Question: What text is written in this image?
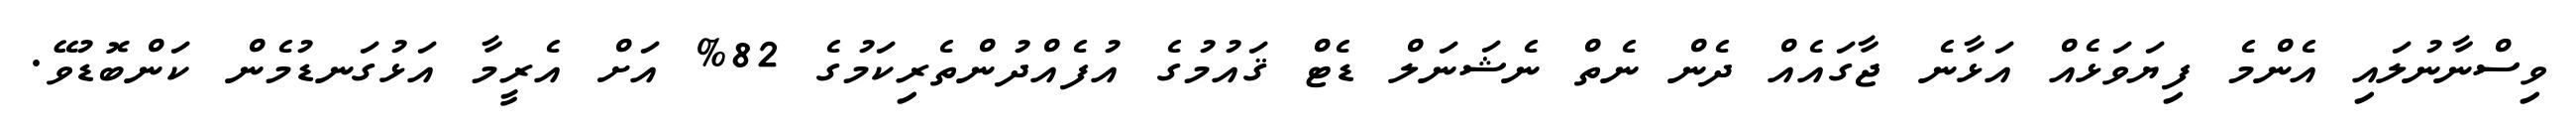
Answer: ވިސްނާނުލައި އެންމެ ފިޔަވަޅެއް އަޅާނެ ޖާގައެއް ދެން ނެތް ނެޝަނަލް ޑެޓް ޤައުމުގެ އުފެއްދުންތެރިކަމުގެ 82% އަށް އެރީމާ އަޅުގަނޑުމެން ކަންބޮޑުވޭ.